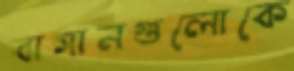
বাগানগুলোকে